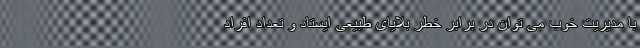
با مدیریت خوب می توان در برابر خطر بلایای طبیعی ایستاد و تعداد افراد